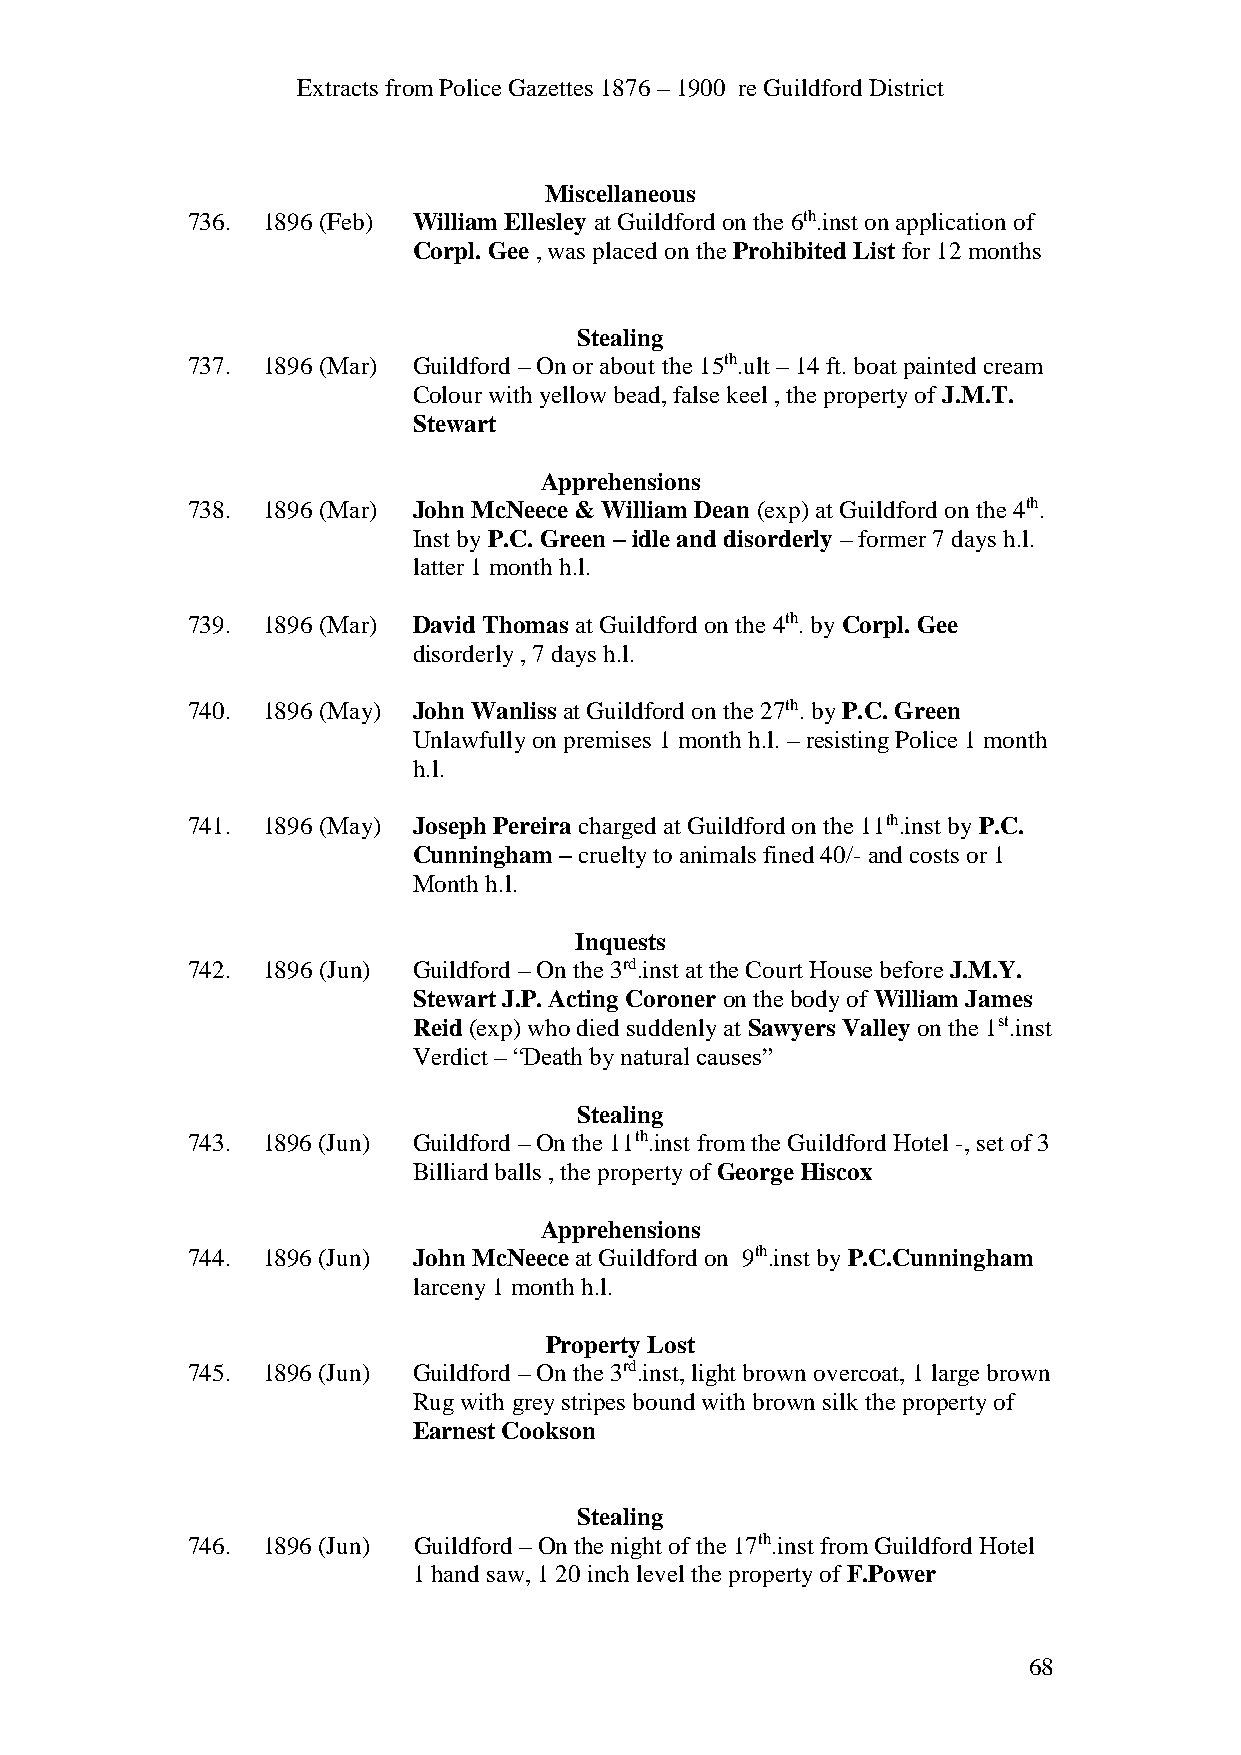
Extracts from Police Gazettes 1876 – 1900 re Guildford District
 Miscellaneous
 736. 1896 (Feb) William Ellesley at Guildford on the 6th.inst on application of
 Corpl. Gee , was placed on the Prohibited List for 12 months
 Stealing
 737. 1896 (Mar) Guildford – On or about the 15th.ult – 14 ft. boat painted cream
 Colour with yellow bead, false keel , the property of J.M.T.
 Stewart
 Apprehensions
 738. 1896 (Mar) John McNeece & William Dean (exp) at Guildford on the 4th.
 Inst by P.C. Green – idle and disorderly – former 7 days h.l.
 latter 1 month h.l.
 739. 1896 (Mar) David Thomas at Guildford on the 4th. by Corpl. Gee
 disorderly , 7 days h.l.
 740. 1896 (May) John Wanliss at Guildford on the 27th. by P.C. Green
 Unlawfully on premises 1 month h.l. – resisting Police 1 month
 h.l.
 741. 1896 (May) Joseph Pereira charged at Guildford on the 11th.inst by P.C.
 Cunningham – cruelty to animals fined 40/- and costs or 1
 Month h.l.
 Inquests
 742. 1896 (Jun) Guildford – On the 3rd.inst at the Court House before J.M.Y.
 Stewart J.P. Acting Coroner on the body of William James
 Reid (exp) who died suddenly at Sawyers Valley on the 1st.inst
 Verdict – “Death by natural causes”
 Stealing
 743. 1896 (Jun) Guildford – On the 11th.inst from the Guildford Hotel -, set of 3
 Billiard balls , the property of George Hiscox
 Apprehensions
 744. 1896 (Jun) John McNeece at Guildford on 9th.inst by P.C.Cunningham
 larceny 1 month h.l.
 Property Lost
 745. 1896 (Jun) Guildford – On the 3rd.inst, light brown overcoat, 1 large brown
 Rug with grey stripes bound with brown silk the property of
 Earnest Cookson
 Stealing
 746. 1896 (Jun) Guildford – On the night of the 17th.inst from Guildford Hotel
 1 hand saw, 1 20 inch level the property of F.Power
 68